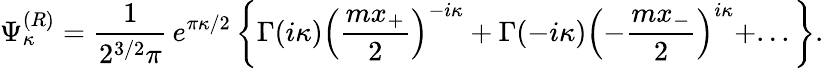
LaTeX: \Psi_{\kappa}^{(R)}=\frac 1{2^{3/2}\pi}\, e^{\pi\kappa/2}\left\{ \Gamma(i\kappa)\left(\frac{mx_{+}}2\right)^{-i\kappa}+\Gamma(-i\kappa)\left(-\frac{mx_{-}}2\right)^{i\kappa}+...\right\} .